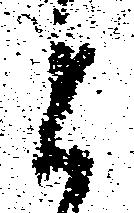
と